Trukikaitis_Postimees, lk 115
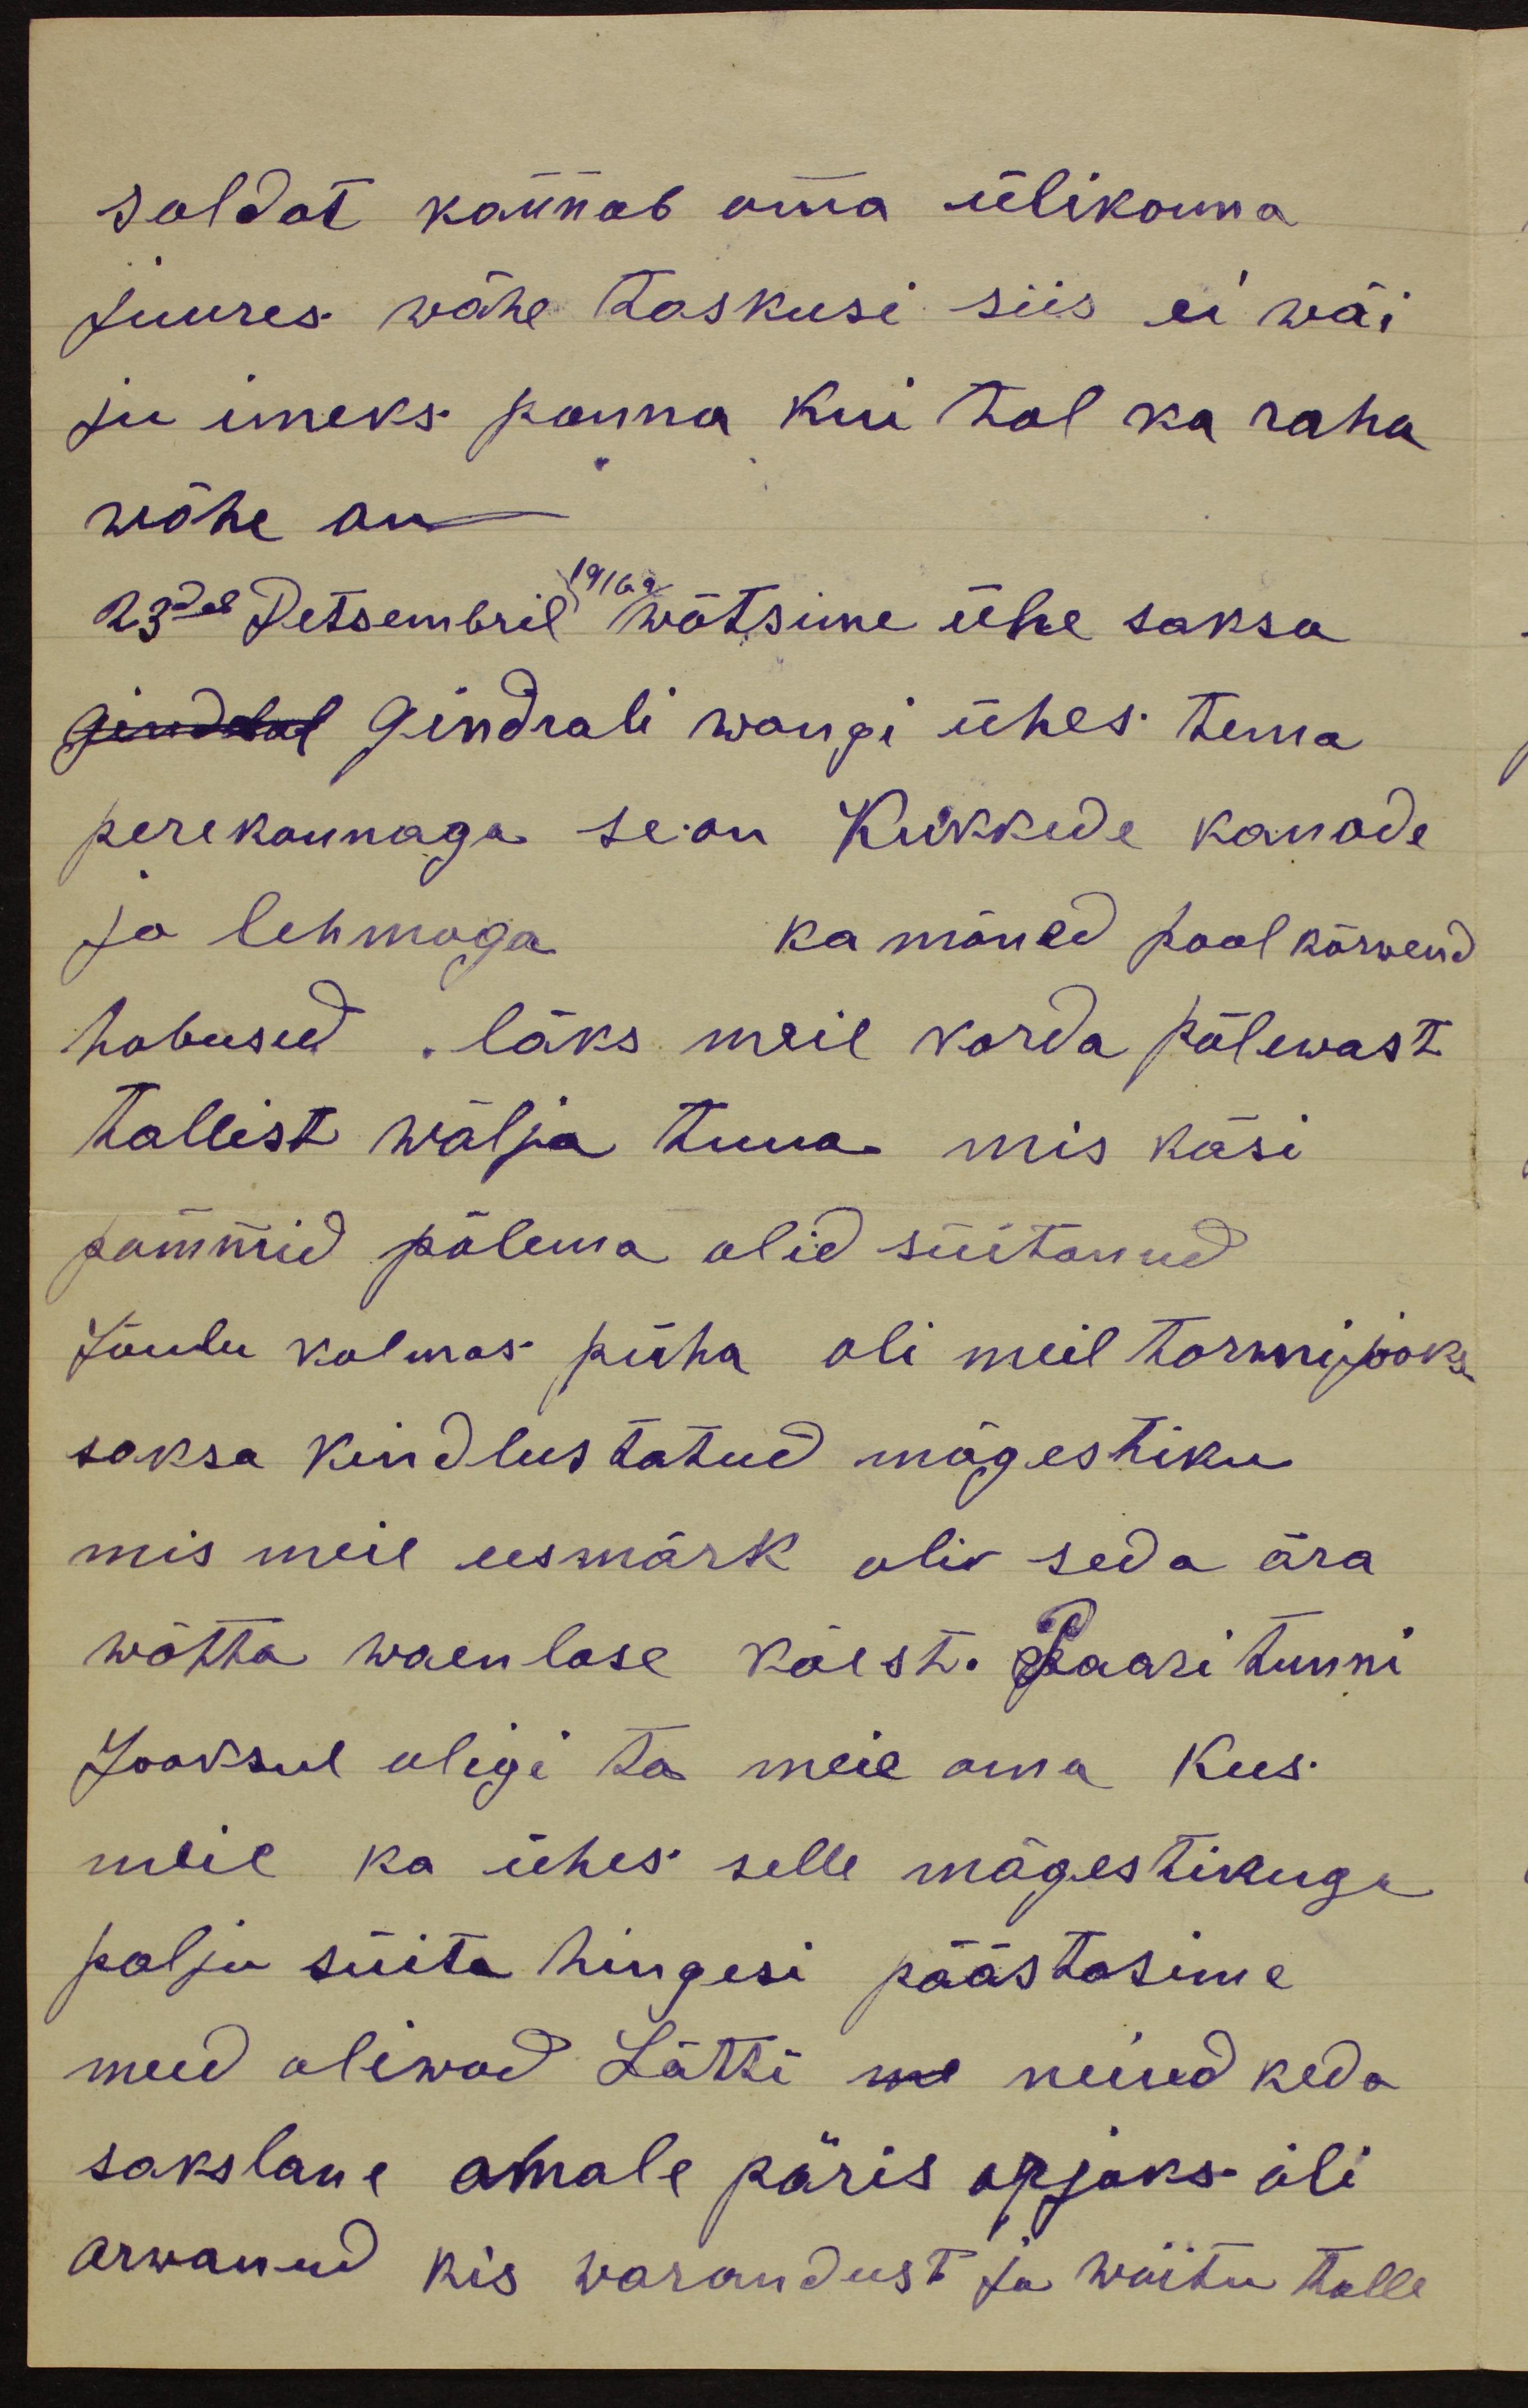
soldat kannab oma ülikonna
juures vähe taskusi siis ei wõi,
ju imeks panna kui tal ka raha
wähe on.
1916 a
23dal Detsembril wõtsime ühe saksa
gindlal gindrali wangi ühes tema
perekonnaga se on Kukkede kanade
Ja lehmaga ka mõned pool kõrwend
hobused läks meie korda põlewast
hallist wälja tuua mis käsi
pommid põlema olid süitanud
Jõulu kolmas püha oli meil tormijooks
saksa kindlustatud mägestiku
mis meie eesmärk oli seda ära
wõtta waenlase käest. Paari tunni
Jooksul olegi ta meie oma kus
meil ka ühes selle mägestikuga
palju süita hingesi päästasime
meid oliwad Lätti me neiud keda
sakslane omale päris apjaks oli
arwanud mis warandust ja wõitu talle